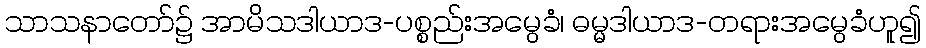
သာသနာတော်၌ အာမိသဒါယာဒ-ပစ္စည်းအမွေခံ၊ ဓမ္မဒါယာဒ-တရားအမွေခံဟူ၍